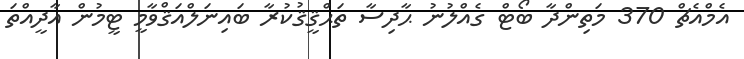
އެމްއެޗް 370 މަތިންދާ ބޯޓް ގެއްލުނު ޙާދިސާ ތަޙްޤީޤުކުރާ ބައިނަލްއަޤްވާމީ ޓީމުން އާދީއްތަ